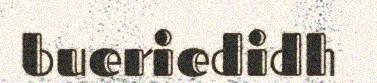
bueriedidh